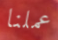
عملنا